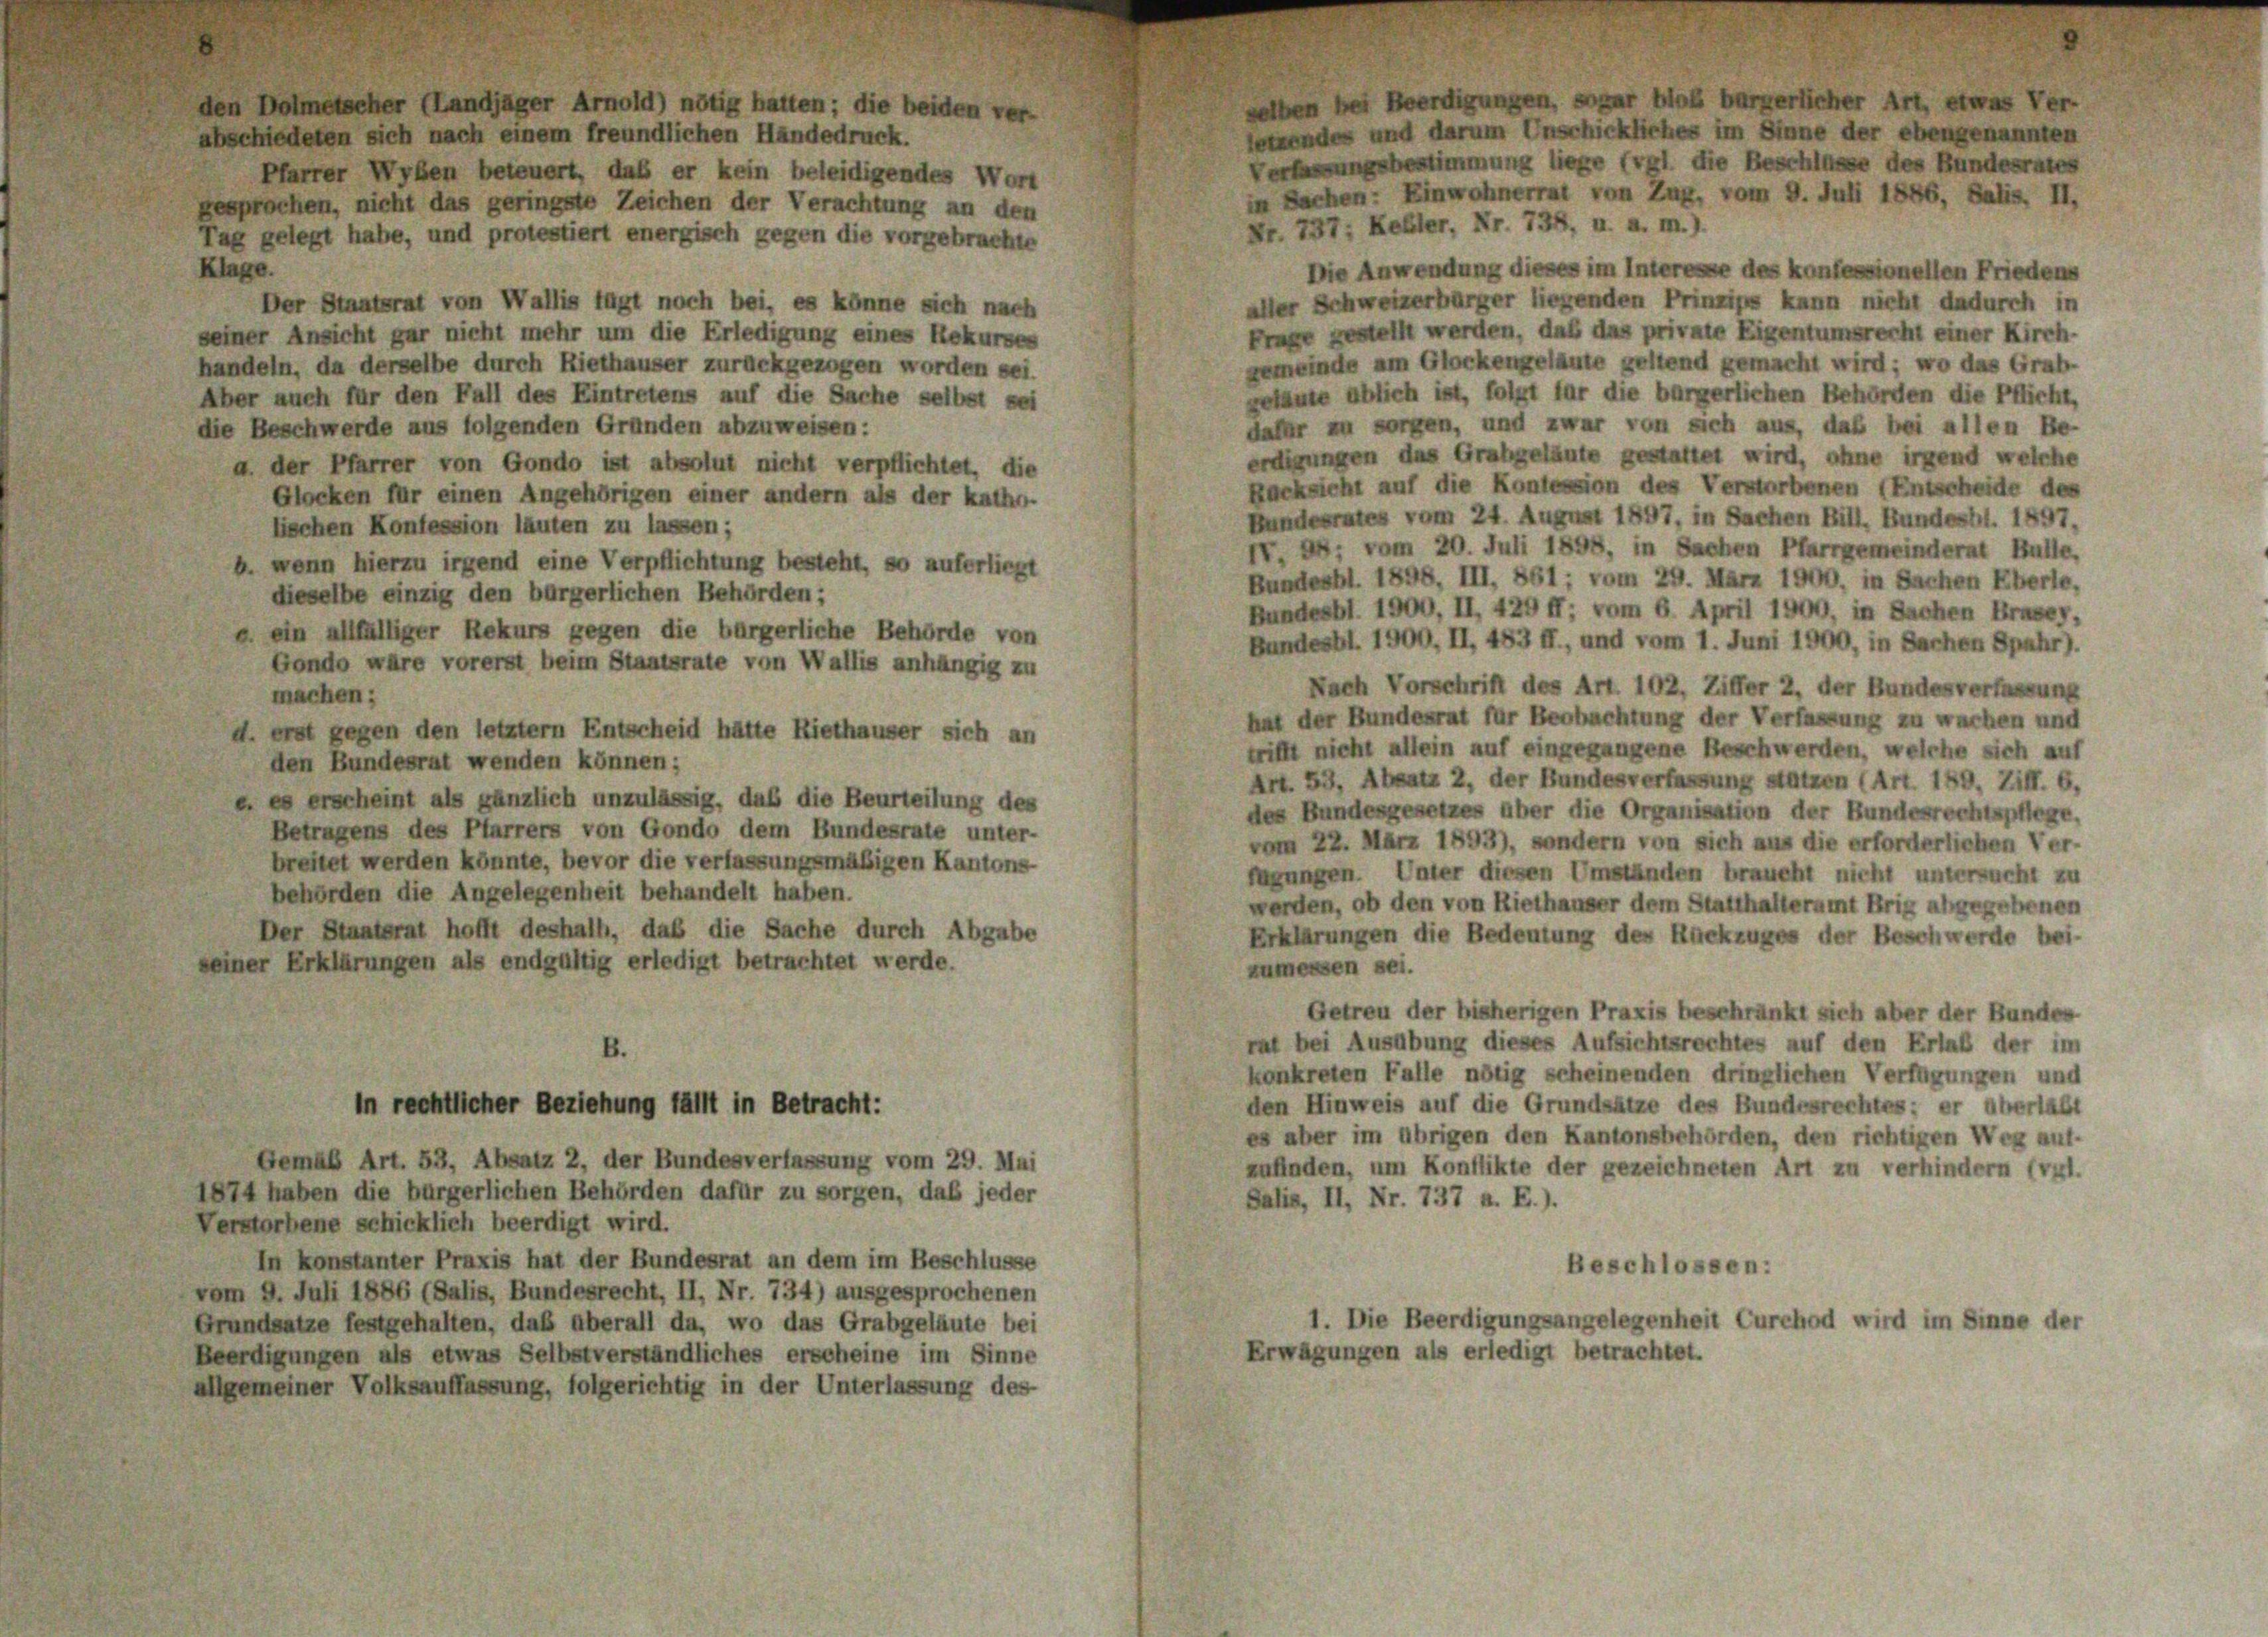
bschiedeten sich nach einem freundlichen Händedruck.
Pfarrer Wyben beteuert, daß er kein beleidigendes Wort
esprochen, nicht das geringste Zeichen der Verachtung an den
Nr. 737; Keßler, Nr. 734, u. a. m.).
ug gelegt habe, und protestiert energisch gegen die vorgebrachte
lage.
Die Anwendung dieses im Interesse des konfessionellen Friedens
aller Schweizerbürger liegenden Prinzips kann nicht dadurch in
Der Staatsrat von Wallis fügt noch bei, es könne sich nach
Frage gestellt werden, daß das private Eigentumsrecht einer Kirch-
einer Ansicht gar nicht mehr um die Erledigung eines Rekurses
gemeinde am Glockengeläute geltend gemacht wird; wo das Grab-
andeln, da derselbe durch Riethäuser zurückgezogen worden sei.
getaute üblich ist, folgt für die bürgerlichen Behörden die Pflicht,
ber auch für den Fall des Eintretens auf die Sache selbst sei
dahr in sorgen, und zwar von sich aus, daß bei allen Be-
die Beschwerde aus folgenden Gründen abzuweisen:
erdigungen das Grabgeläute gestattet wird, ohne irgend welche
a. der Pfarrer von Gondo ist absolut nicht verpflichtet, die
Rücksicht auf die Kontession des Verstorbenen (Entscheide des
Glocken für einen Angehörigen einer andern als der katho-
Hundesrates vom 24. August 1897, in Sachen Bill, Bundesbl. 1897.
lischen Konfession läuten zu lassen;
IT. ; vom 20. Juli 1898, in Sachen Pfarrgemeinderat Bulle,
b. wenn hierzu irgend eine Verpflichtung besteht, so auferliegt
Bundesbl. 1898. III. 881; vom 29. März 1900, in Sachen Eberle,
dieselbe einzig den bürgerlichen Behörden;
Bundesbl. 1900, II 429 ff; vom 6. April 1900, in Sachen Brasey,
 ein allfälliger Rekurs gegen die bürgerliche Behörde von
Bundesbl. 1900, II, 483 ff., und vom 1. Juni 1900, in Sachen Spahr).
Gondo wäre vorerst beim Staatsrate von Wallis anhängig zu
Nach Vorschrift des Art. 102, Ziffer 2, der Bundesverfassung
machen;
hat der Bundesrat für Beobachtung der Verfassung zu wachen und
d. erst gegen den letztem Entscheid hätte Riethauser sich an
trifft nicht allein auf eingegangene Beschwerden, welche sich auf
den Bundesrat wenden können;
Art. 53, Absatz 2, der Bundesverfassung stützen (Art. 189. Ziff. 6,
e es erscheint als gänzlich unzulässig, daß die Beurteilung des
des Bundesgesetzes über die Organisation der Bundesrechtspflege.
Betragens des Pfarrers von Gondo dem Bundesrate unter-
vom 22. März 1893), sondern von sich aus die erforderlichen Ver-
breitet werden könnte, bevor die verfassungsmäßigen Kantons
fügungen. Unter diesen Umständen braucht nicht untersucht zu
behörden die Angelegenheit behandelt haben.
werden, ob den von Riethauser dem Statthalteramt Brig abgegebenen
Der Staatsrat hofft deshalb, daß die Sache durch Abgabe
Erklärungen die Bedeutung des Rückzuges der Beschwerde bei-
einer Erklärungen als endgültig erledigt betrachtet werde.
zumessen sei.
Getreu der bisherigen Praxis beschränkt sich aber der Bundes
ruf bei Ausübung dieses Aufsichtsrechtes auf den Erlaß der im
B.
konkreten Falle nötig scheinenden dringlichen Verfügungen und
den Hinweis auf die Grundsätze des Bundesrechtes; er überlasst
in rechtlicher Beziehung fällt in Betracht:
es aber im übrigen den Kantonsbehörden, den richtigen Weg auf-
Gemäß Art. 53, Absatz 2, der Bundesverfassung vom 29. Mai
zufinden, um Konflikte der gezeichneten Art zu verhindern (vgl.
1874 haben die bürgerlichen Behörden dafür zu sorgen, daß jeder
Salis, II, Nr. 737 a. E.).
Verstorbene schicklich beerdigt wird.
In konstanter Praxis hat der Bundesrat an dem im Beschlüsse
Beschlossen:
vom 9. Juli 1886 (Salis, Bundesrecht, II, Nr. 734) ausgesprochenen
1. Die Beerdigungsangelegenheit Curchod wird im Sinne der
Grundsatze festgehalten, daß überall da, wo das Grabgeläute bei
Erwägungen als erledigt betrachtet.
Beerdigungen als etwas Selbstverständliches erscheine im Sinne

en Dolmetscher (Landjäger Arnold) nötig hatten; die beiden ver-

allgemeiner Volksauffassung, folgerichtig in der Unterlassung des

selben bei Beerdigungen, sogar blos bürgerlicher Art, etwas Ver
etzendes und darum Unschickliches im Sinne der ebengenannten

Verfassungsbestimmung liege (vgl. die Beschlüsse des Bundesrates
in Sachen: Einwohnerrat von Zug, vom 9. Juli 1886, Salis. II.